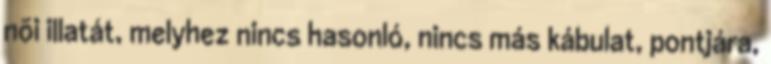
nõi illatát, melyhez nincs hasonló, nincs más kábulat, pontjára,